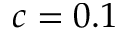
c = 0 . 1